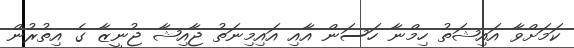
ކަމަށްވާ އައިޝަތު ހިމްނާ ހަސަން އާއި އައިމިނަތު ޖާއިޝާ ޖުނީޒާ ގެ އިތުރުން